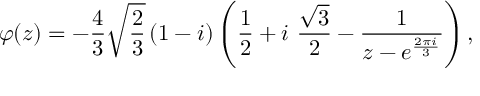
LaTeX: \varphi ( z ) = - \frac { 4 } { 3 } \sqrt { \frac { 2 } { 3 } } \left( 1 - i \right) \left( \frac { 1 } { 2 } + i \ \frac { \sqrt { 3 } } { 2 } - \frac { 1 } { z - e ^ { \frac { 2 \pi i } { 3 } } } \right) ,